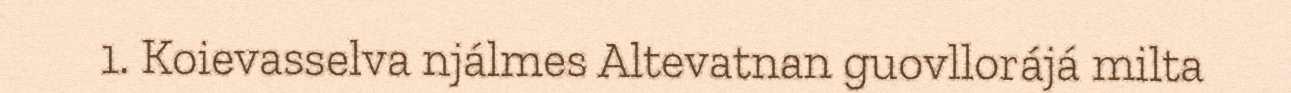
1. Koievasselva njálmes Altevatnan guovllorájá milta